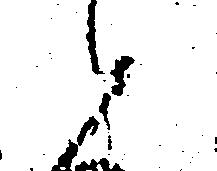
候